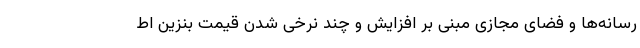
رسانه‌ها و فضای مجازی مبنی بر افزایش و چند نرخی شدن قیمت بنزین اط